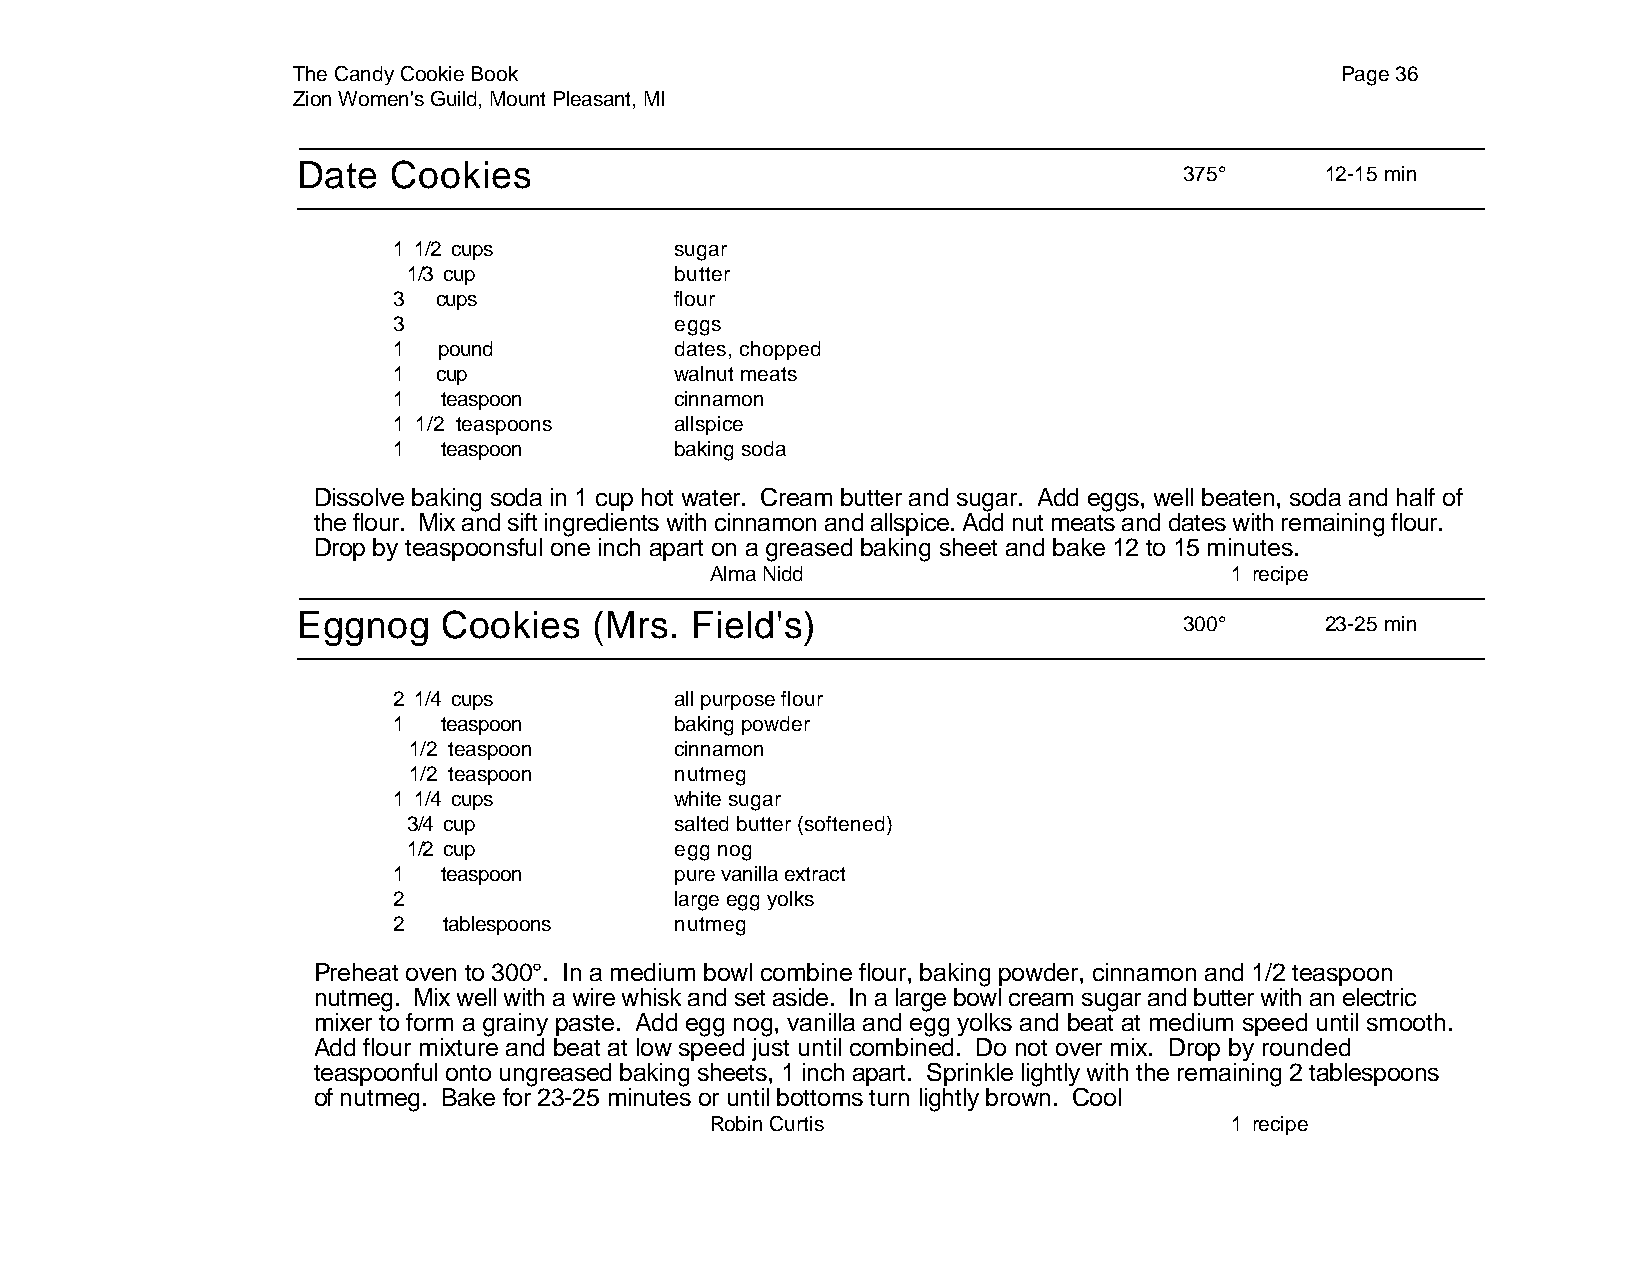
The Candy Cookie Book                                                 Page 36
 Zion Women's Guild, Mount Pleasant, MI
 Date  Cookies
 375°      12-15 min
 1 1/2 cups         sugar
 1/3 cup           butter
 3  cups            flour
 3                  eggs
 1  pound           dates, chopped
 1  cup             walnut meats
 1  teaspoon        cinnamon
 1 1/2 teaspoons    allspice
 1  teaspoon        baking soda
 Dissolve baking soda in 1 cup hot water. Cream butter and sugar. Add eggs, well beaten, soda and half of
 the flour. Mix and sift ingredients with cinnamon and allspice. Add nut meats and dates with remaining flour.
 Drop by teaspoonsful one inch apart on a greased baking sheet and bake 12 to 15 minutes.
 Alma Nidd                         1 recipe
 Eggnog   Cookies   (Mrs.  Field's)
 300°      23-25 min
 2 1/4 cups         all purpose flour
 1  teaspoon        baking powder
 1/2 teaspoon      cinnamon
 1/2 teaspoon      nutmeg
 1 1/4 cups         white sugar
 3/4 cup           salted butter (softened)
 1/2 cup           egg nog
 1  teaspoon        pure vanilla extract
 2                  large egg yolks
 2  tablespoons     nutmeg
 Preheat oven to 300°. In a medium bowl combine flour, baking powder, cinnamon and 1/2 teaspoon
 nutmeg. Mix well with a wire whisk and set aside. In a large bowl cream sugar and butter with an electric
 mixer to form a grainy paste. Add egg nog, vanilla and egg yolks and beat at medium speed until smooth.
 Add flour mixture and beat at low speed just until combined. Do not over mix. Drop by rounded
 teaspoonful onto ungreased baking sheets, 1 inch apart. Sprinkle lightly with the remaining 2 tablespoons
 of nutmeg. Bake for 23-25 minutes or until bottoms turn lightly brown. Cool
 Robin Curtis                      1 recipe